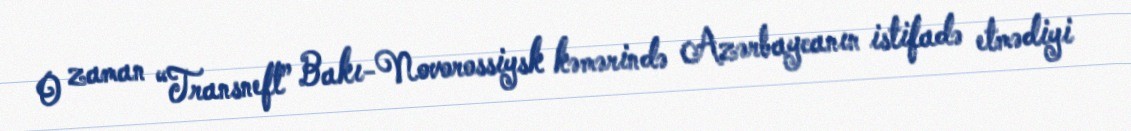
O zaman “Transneft” Bakı-Novorossiysk kəmərində Azərbaycanın istifadə etmədiyi